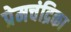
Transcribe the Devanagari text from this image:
प्रेमचंद्रिका